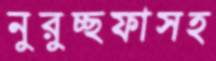
নুরুচ্ছফাসহ